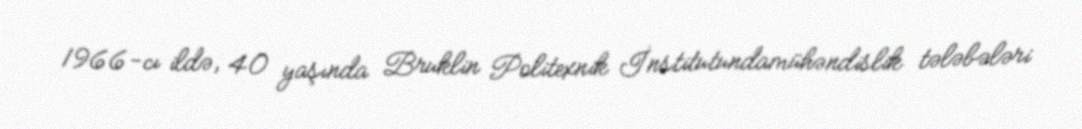
1966-cı ildə, 40 yaşında Bruklin Politexnik İnstitutundamühəndislik tələbələri